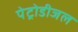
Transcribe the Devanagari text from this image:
पेट्रोडीजल